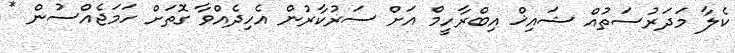
ކެލާ މަދަރުސަތުއް ޝައިޚް އިބްރާހީމް އަށް ސަރުކާރުން އެހިދެއްވާ ގޮތަށް ހަމަޖެއްސުން *